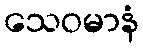
သေဝမာနံ